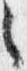
之